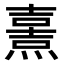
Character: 𤎿